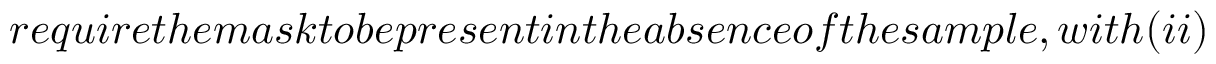
r e q u i r e t h e m a s k t o b e p r e s e n t i n t h e a b s e n c e o f t h e s a m p l e , w i t h ( i i )